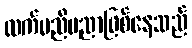
ထက်မညီမညာဖြစ်နေသည်